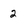
Character: 2